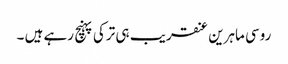
روسی ماہرین عنقریب ہی ترکی پہنچ رہے ہیں ۔